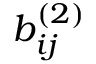
b _ { i j } ^ { ( 2 ) }